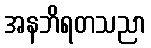
အနဘိရတသညာ